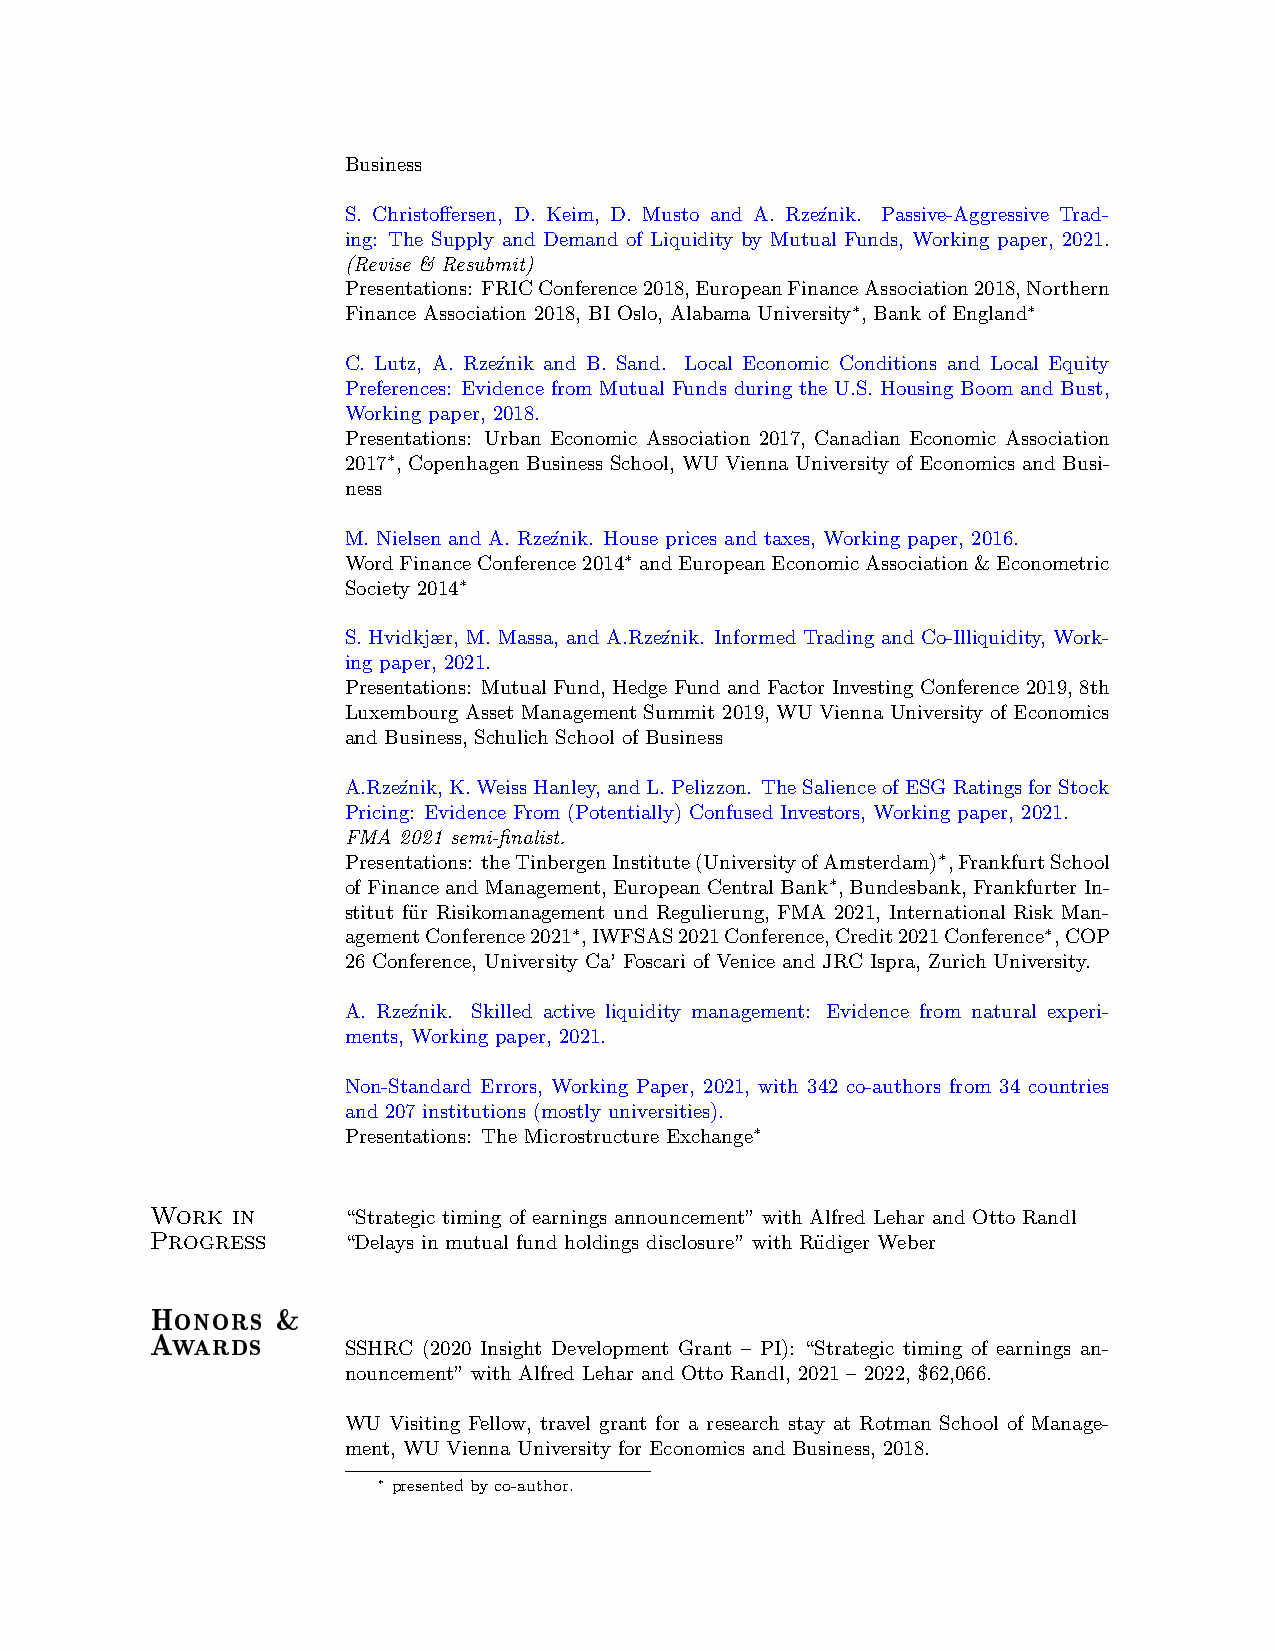
Business
 S. Christoffersen, D. Keim, D. Musto and A. Rze´znik. Passive-Aggressive Trad-
 ing: The Supply and Demand of Liquidity by Mutual Funds, Working paper, 2021.
 (Revise & Resubmit)
 Presentations: FRICConference2018,EuropeanFinanceAssociation2018,Northern
 Finance Association 2018, BI Oslo, Alabama University∗, Bank of England∗
 C. Lutz, A. Rze´znik and B. Sand. Local Economic Conditions and Local Equity
 Preferences: Evidence from Mutual Funds during the U.S. Housing Boom and Bust,
 Working paper, 2018.
 Presentations: Urban Economic Association 2017, Canadian Economic Association
 2017∗, Copenhagen Business School, WU Vienna University of Economics and Busi-
 ness
 M. Nielsen and A. Rze´znik. House prices and taxes, Working paper, 2016.
 WordFinanceConference2014∗ andEuropeanEconomicAssociation&Econometric
 Society 2014∗
 S. Hvidkjær, M. Massa, and A.Rze´znik. Informed Trading and Co-Illiquidity, Work-
 ing paper, 2021.
 Presentations: Mutual Fund, Hedge Fund and Factor Investing Conference 2019, 8th
 Luxembourg Asset Management Summit 2019, WU Vienna University of Economics
 and Business, Schulich School of Business
 A.Rze´znik,K.WeissHanley,andL.Pelizzon. TheSalienceofESGRatingsforStock
 Pricing: Evidence From (Potentially) Confused Investors, Working paper, 2021.
 FMA 2021 semi-finalist.
 Presentations: theTinbergenInstitute(UniversityofAmsterdam)∗,FrankfurtSchool
 ofFinanceandManagement, EuropeanCentralBank∗, Bundesbank, FrankfurterIn-
 stitut fu¨r Risikomanagement und Regulierung, FMA 2021, International Risk Man-
 agementConference2021∗,IWFSAS2021Conference,Credit2021Conference∗,COP
 26 Conference, University Ca’ Foscari of Venice and JRC Ispra, Zurich University.
 A. Rze´znik. Skilled active liquidity management: Evidence from natural experi-
 ments, Working paper, 2021.
 Non-Standard Errors, Working Paper, 2021, with 342 co-authors from 34 countries
 and 207 institutions (mostly universities).
 Presentations: The Microstructure Exchange∗
 Work in
 “Strategic timing of earnings announcement” with Alfred Lehar and Otto Randl
 Progress
 “Delays in mutual fund holdings disclosure” with Ru¨diger Weber
 Honors  &
 Awards
 SSHRC (2020 Insight Development Grant – PI): “Strategic timing of earnings an-
 nouncement” with Alfred Lehar and Otto Randl, 2021 – 2022, $62,066.
 WU Visiting Fellow, travel grant for a research stay at Rotman School of Manage-
 ment, WU Vienna University for Economics and Business, 2018.
 ∗ presentedbyco-author.